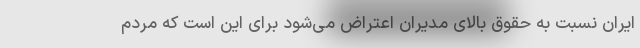
ایران نسبت به حقوق بالای مدیران اعتراض می‌شود برای این است که مردم